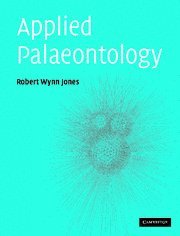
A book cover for Applied Palaeontology; Robert Wynn Jones; Science & Math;